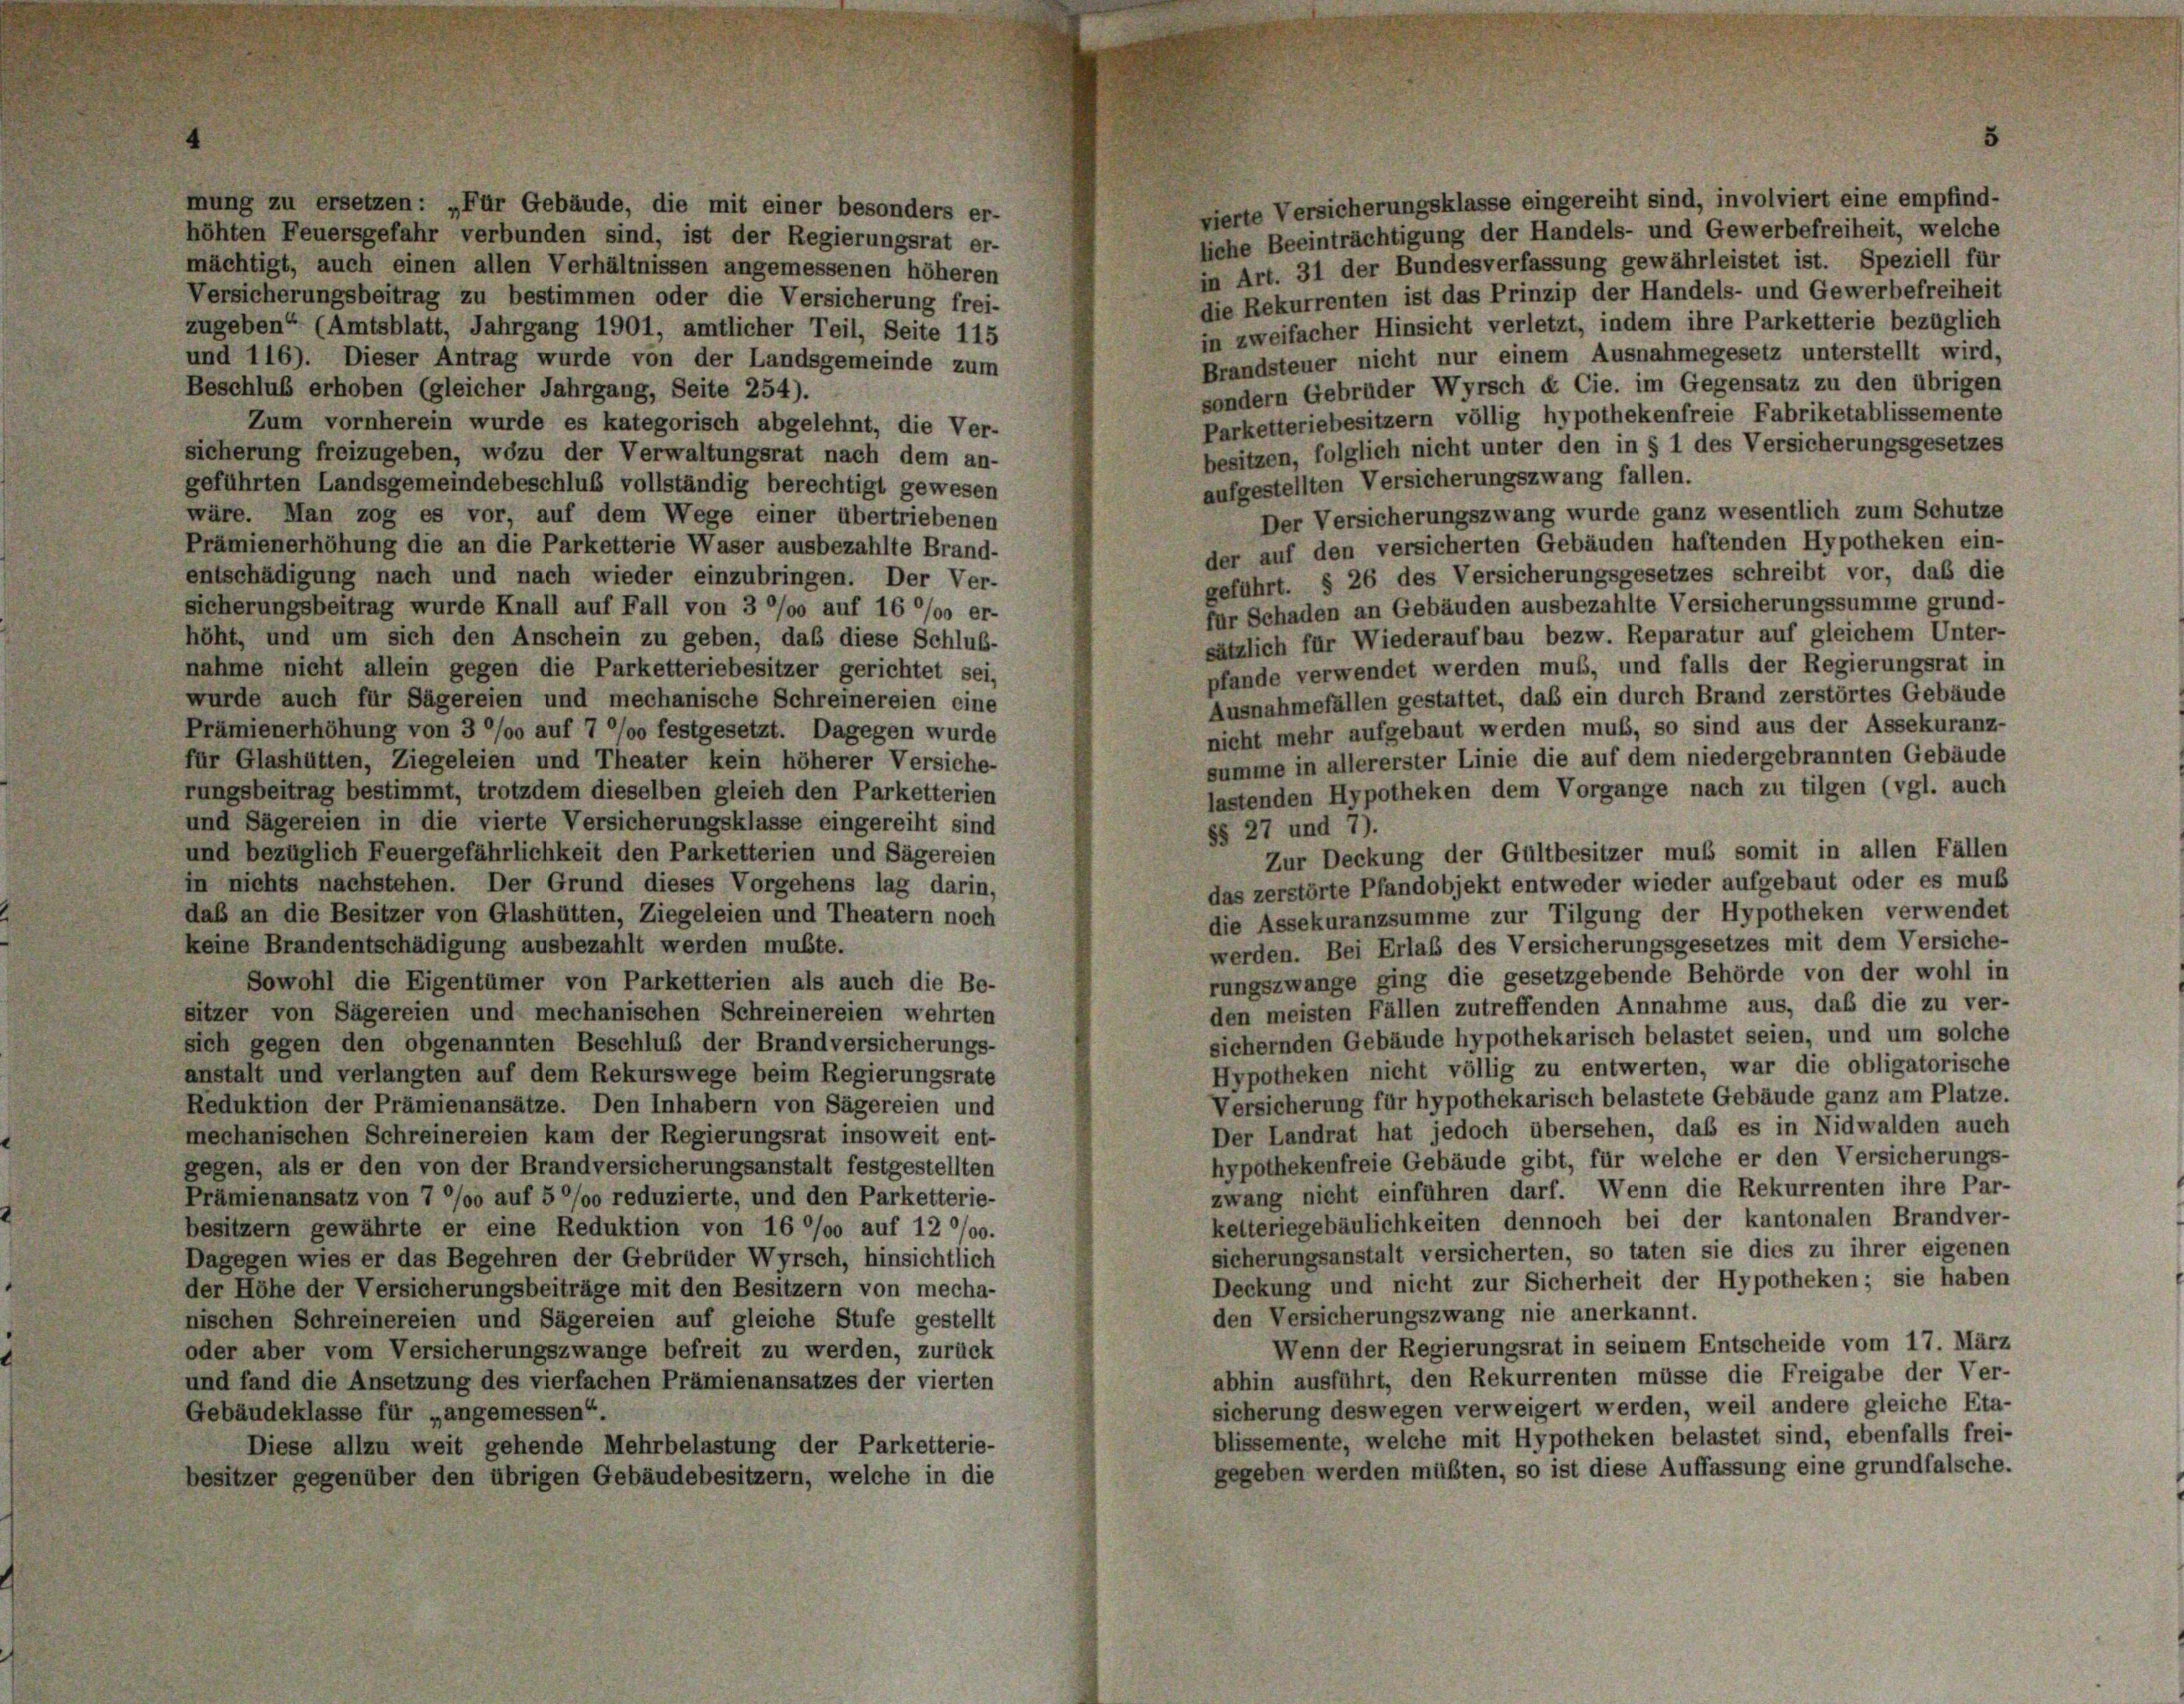
vierte Versicherungsklasse eingereiht sind, involviert eine empfind-
mung zu ersetzen: „Für Gebäude, die mit einer besonders er-
liehe Beeinträchtigung der Handels- und Gewerbefreiheit, welche
höhten Feuersgefahr verbunden sind, ist der Regierungsrat er-
in Art. 31 der Bundesverfassung gewährleistet ist. Speziell für
mächtigt, auch einen allen Verhältnissen angemessenen höheren
die Rekurrenten ist das Prinzip der Handels- und Gewerbefreiheit
Versicherungsbeitrag zu bestimmen oder die Versicherung frei-
in zweifacher Hinsicht verletzt, indem ihre Parketterie bezüglich
zugeben“ (Amtsblatt, Jahrgang 1901, amtlicher Teil, Seite 115
Brandsteuer nicht nur einem Ausnahmegesetz unterstellt wird,
und 116). Dieser Antrag wurde von der Landsgemeinde zum
sondern Gebrüder Wyrsch & Cie. im Gegensatz zu den übrigen
Beschluß erhoben (gleicher Jahrgang, Seite 254).
Parketteriebesitzern völlig hypothekenfreie Fabriketablissemente
Zum vornherein wurde es kategorisch abgelehnt, die Ver-
besitzen, folglich nicht unter den in § 1 des Versicherungsgesetzes
sicherung freizugeben, wozu der Verwaltungsrat nach dem an-
aufgestellten Versicherungszwang fallen.
geführten Landsgemeindebeschluß vollständig berechtigt gewesen
Der Versicherungszwang wurde ganz wesentlich zum Schutze
wäre. Man zog es vor, auf dem Wege einer übertriebenen
Prämienerhöhung die an die Parketterie Waser ausbezahlte Brand-
der auf den versicherten Gebäuden haftenden Hypotheken ein-
entschädigung nach und nach wieder einzubringen. Der Ver-
geführt. § 26 des Versicherungsgesetzes schreibt vor, daß die
für Schaden an Gebäuden ausbezahlte Versicherungssumme grund-
sicherungsbeitrag wurde Knall auf Fall von 3 °/o auf 16 °/00 er-
sätzlich für Wiederaufbau bezw. Reparatur auf gleichem Unter-
höht, und um sich den Anschein zu geben, daß diese Schluß-
pfände verwendet werden muß, und falls der Regierungsrat in
nahme nicht allein gegen die Parketteriebesitzer gerichtet sei,
Ausnahmefällen gestattet, das ein durch Brand zerstörtes Gebäude
wurde auch für Sägereien und mechanische Schreinereien eine
nicht mehr aufgebaut werden muß, so sind aus der Assekuranz-
Prämienerhöhung von 3 °/o auf 7 °/00 festgesetzt. Dagegen wurde
summe in allererster Linie die auf dem niedergebrannten Gebäude
für Glashütten, Ziegeleien und Theater kein höherer Versiche-
rungsbeitrag bestimmt, trotzdem dieselben gleich den Parketterien
lastenden Hypotheken dem Vorgange nach zu tilgen (vgl. auch
und Sägereien in die vierte Versicherungsklasse eingereiht sind
§§ 27 und 7).
und bezüglich Feuergefährlichkeit den Parketterien und Sägereien
Zur Deckung der Gültbesitzer muß somit in allen Fällen
in nichts nachstehen. Der Grund dieses Vorgehens lag darin,
das zerstörte Pfandobjekt entweder wieder aufgebaut oder es muß
daß an die Besitzer von Glashütten, Ziegeleien und Theatern noch
die Assekuranzsumme zur Tilgung der Hypotheken verwendet
keine Brandentschädigung ausbezahlt werden mußte.
werden. Bei Erlaß des Versicherungsgesetzes mit dem Versiche-
rungszwange ging die gesetzgebende Behörde von der wohl in
Sowohl die Eigentümer von Parketterien als auch die Be-
den meisten Fällen zutreffenden Annahme aus, daß die zu ver-
sitzer von Sägereien und mechanischen Schreinereien wehrten
sichernden Gebäude hypothekarisch belastet seien, und um solche
sich gegen den obgenannten Beschluß der Brandversicherungs-
Hypotheken nicht völlig zu entwerten, war die obligatorische
anstalt und verlangten auf dem Rekurswege beim Regierungsrate
Versicherung für hypothekarisch belastete Gebäude ganz am Platze.
Reduktion der Prämienansätze. Den Inhabern von Sägereien und
Der Landrat hat jedoch übersehen, daß es in Nidwalden auch
mechanischen Schreinereien kam der Regierungsrat insoweit ent-
hypothekenfreie Gebäude gibt, für welche er den Versicherungs-
gegen, als er den von der Brandversicherungsanstalt festgestellten
zwang nicht einführen darf. Wenn die Rekurrenten ihre Par-
Prämienansatz von 7 °/o auf 5 °/o reduzierte, und den Parketterie-
kelteriegebäulichkeiten dennoch bei der kantonalen Brandver-
besitzern gewährte er eine Reduktion von 16 °/o auf 12 0/00.
sicherungsanstalt versicherten, so taten sie dies zu ihrer eigenen
Dagegen wies er das Begehren der Gebrüder Wyrsch, hinsichtlich
Deckung und nicht zur Sicherheit der Hypotheken; sie haben
der Höhe der Versicherungsbeiträge mit den Besitzern von mecha-
den Versicherungszwang nie anerkannt.
nischen Schreinereien und Sägereien auf gleiche Stufe gestellt
Wenn der Regierungsrat in seinem Entscheide vom 17. März
oder aber vom Versicherungszwange befreit zu werden, zurück
abhin ausführt, den Rekurrenten müsse die Freigabe der Ver-
und fand die Ansetzung des vierfachen Prämienansatzes der vierten
sicherung deswegen verweigert werden, weil andere gleiche Eta-
Gebäudeklasse für „angemessen“.
blissemente, welche mit Hypotheken belastet sind, ebenfalls frei-
Diese allzu weit gehende Mehrbelastung der Parketterie-
gegeben werden müßten, so ist diese Auffassung eine grundfalsche.
besitzer gegenüber den übrigen Gebäudebesitzern, welche in die